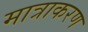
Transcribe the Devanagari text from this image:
मात्राकरण